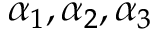
\alpha _ { 1 } , \alpha _ { 2 } , \alpha _ { 3 }